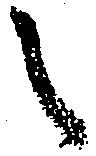
之